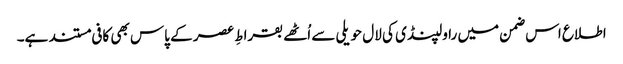
اطلاع اس ضمن میں راولپنڈی کی لال حویلی سے اُٹھے بقراطِ عصر کے پاس بھی کافی مستند ہے۔